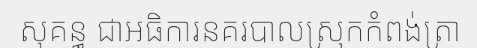
សុគន្ធ ជាអធិការនគរបាលស្រុកកំពង់ត្រា